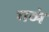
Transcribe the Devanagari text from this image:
गव्यं